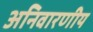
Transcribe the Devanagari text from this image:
अनिवारणीय